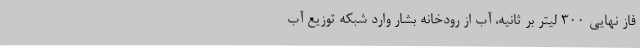
فاز نهایی 300 لیتر بر ثانیه، آب از رودخانه بشار وارد شبکه توزیع آب